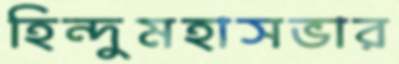
হিন্দুমহাসভার